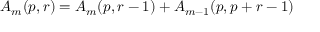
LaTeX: A _ { m } ( p , r ) = A _ { m } ( p , r - 1 ) + A _ { m - 1 } ( p , p + r - 1 )